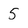
Character: 5